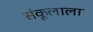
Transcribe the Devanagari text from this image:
संकूलाला